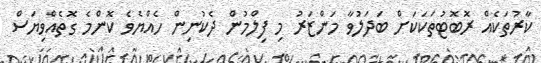
ކާރުތަކެއް ރޮބޮޓުތަކަކަށް ބަދަލުވާ މަންޒަރު މި ފިލްމުން ދެކުނިން ހެއްޔެވެ ކޮންމެ ގޮތެއްވިޔަސް